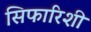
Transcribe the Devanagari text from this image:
सिफारिशी